Indian journal of veterinary science and animal husbandry - Volume 9,
Year: 1939
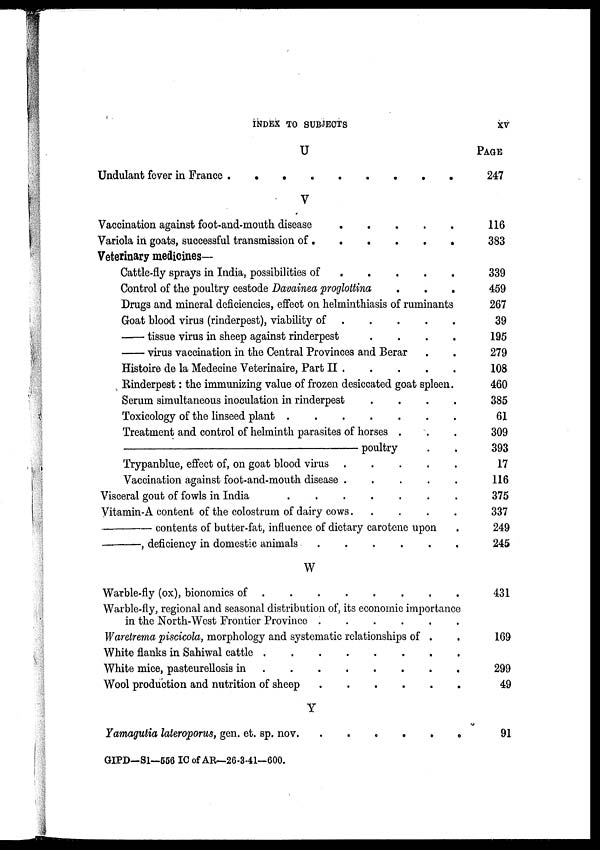
INDEX TO SUBJECTS
XV
U
Undulant fever in France . . . . . . . . .
V
Vaccination against foot-and-mouth disease . . . . .
Variola in goats, successful transmission of .
.
.
.
.
.
Veterinary medicines—
Cattle-fly sprays in India, possibilities of . . . . .
Control of the poultry cestode Davainea proglottina . . .
Drugs and mineral deficiencies, effect on helminthiasis of ruminants
Goat blood virus (rinderpest), viability of . . . . .
— tissue virus in sheep against rinderpest
.
.
.
.
— virus vaccination in the Central Provinces and Berar . .
Histoire de la Medecine Veterinaire, Part II . . . . .
Rinderpest : the immunizing value of frozen desiccated goat spleen.
Serum simultaneous inoculation in rinderpest . . . .
Toxicology of the linseed plant
.
.
.
.
.
.
.
Treatment and control of helminth parasites of horses . . .
—
poultry . .
Trypanblue, effect of, on goat blood virus . . . . .
Vaccination against foot-and-mouth disease . . . . .
Visceral gout of fowls in India
.
.
.
.
.
.
.
Vitamin-A content of the colostrum of dairy cows . . . . . .
—
contents of butter-fat, influence of dietary carotene upon .
—
, deficiency in domestic animals
.
.
.
.
.
.
W
Warble-fly (ox), bionomics of
.
.
.
.
.
.
.
.
Warble-fly, regional and seasonal distribution of, its economic importance
in the North-West Frontier Province
.
.
.
.
.
.
Waretrema piscicola, morphology and systematic relationships of . .
White flanks in Sahiwal cattle
.
.
.
.
.
.
.
.
White mice, pasteurellosis in
.
.
.
.
.
.
.
.
Wool production and nutrition of sheep
.
.
.
.
.
.
Y
Yamagutia lateroporus, gen. et. sp. nov.
.
.
.
.
.
.
PAGE
247
116
383
339
459
267
39
195
279
108
460
385
61
309
393
17
116
375
337
249
245
431
169
299
49
91
GIPD—S1—556 IC of AR—26-3-41—600.